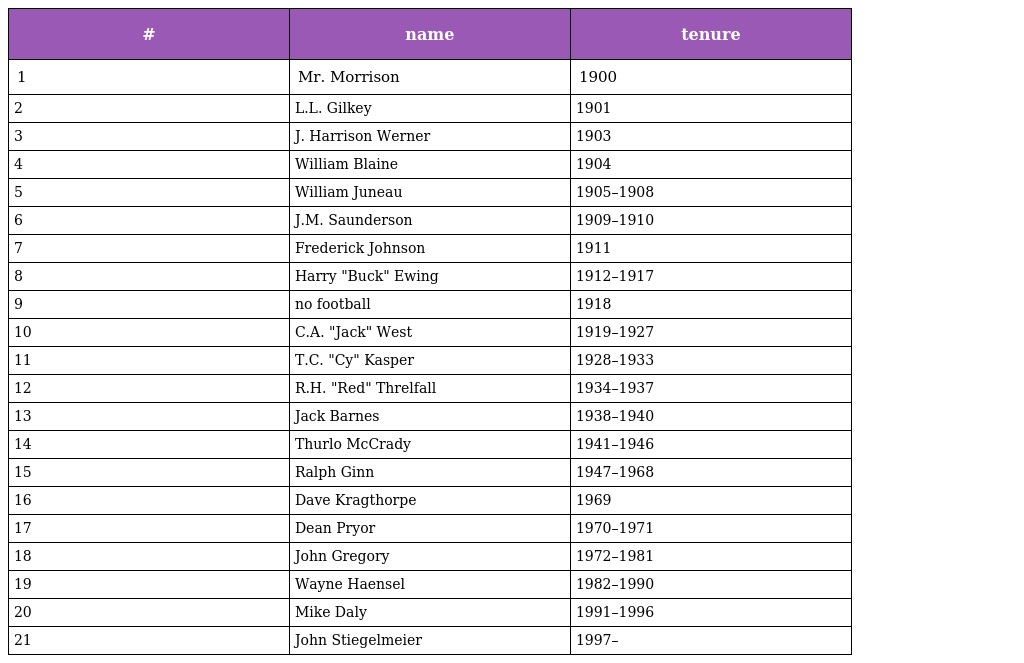
| # | name | tenure |
 | --- | --- | --- |
 | 1 | Mr. Morrison | 1900 |
 | 2 | L.L. Gilkey | 1901 |
 | 3 | J. Harrison Werner | 1903 |
 | 4 | William Blaine | 1904 |
 | 5 | William Juneau | 1905–1908 |
 | 6 | J.M. Saunderson | 1909–1910 |
 | 7 | Frederick Johnson | 1911 |
 | 8 | Harry "Buck" Ewing | 1912–1917 |
 | 9 | no football | 1918 |
 | 10 | C.A. "Jack" West | 1919–1927 |
 | 11 | T.C. "Cy" Kasper | 1928–1933 |
 | 12 | R.H. "Red" Threlfall | 1934–1937 |
 | 13 | Jack Barnes | 1938–1940 |
 | 14 | Thurlo McCrady | 1941–1946 |
 | 15 | Ralph Ginn | 1947–1968 |
 | 16 | Dave Kragthorpe | 1969 |
 | 17 | Dean Pryor | 1970–1971 |
 | 18 | John Gregory | 1972–1981 |
 | 19 | Wayne Haensel | 1982–1990 |
 | 20 | Mike Daly | 1991–1996 |
 | 21 | John Stiegelmeier | 1997– |